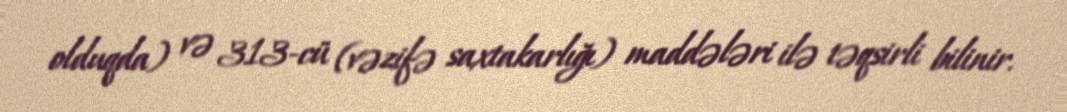
olduqda) və 313-cü (vəzifə saxtakarlığı) maddələri ilə təqsirli bilinir.